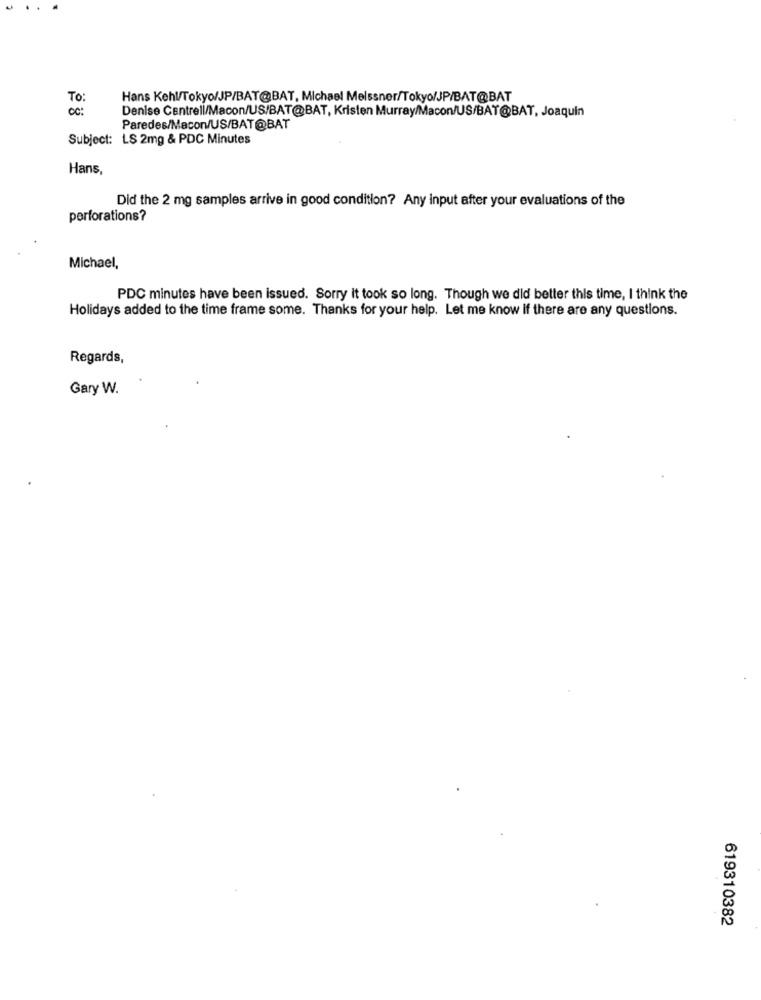
..
To:
Hans Kehl/Tokyo/JP/BAT@BAT, Michael Meissner/Tokyo/JP/BAT@BAT
00 :
Denise Cantrell/Macon/US/BAT@BAT, Kristen Murray/Macon/US/BAT@BAT, Joaquin
Paredes/Macon/US/BAT@BAT
Subject: LS 2mg & PDC Minutes
Hans,
Did the 2 mg samples arrive in good condition? Any Input after your evaluations of the
perforations?
Michael,
PDC minutes have been issued. Sorry it took so long. Though we did better this time, I think the
Holidays added to the time frame some. Thanks for your help. Let me know if there are any questions.
Regards,
Gary W.
619310382